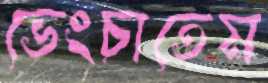
ভেংচাতেম